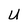
Character: U